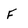
Character: F